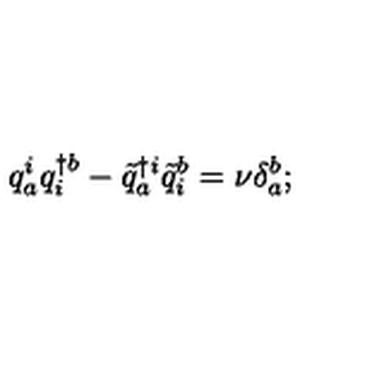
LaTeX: q _ { a } ^ { i } q _ { i } ^ { \dagger b } - { \tilde { q } } _ { a } ^ { \dagger i } { \tilde { q } } _ { i } ^ { b } = \nu \delta _ { a } ^ { b } ;